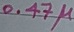
Text: 0.47µ